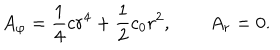
A _ { \varphi } = \frac 1 4 c r ^ { 4 } + \frac 1 2 c _ { 0 } r ^ { 2 } , \qquad A _ { r } = 0 .